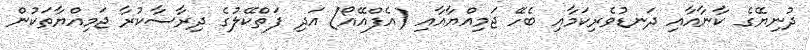
ދުނިޔޭގެ ކާނާއާއި ދަނޑުވެރިކަމާއި ބެހޭ ޖަމިއްޔާއާއި (އެފްއޭއޯ) އަދި ފަތްކޭލުގެ ދިރާސާކުރާ ޖަމިއްޔާތަކުން